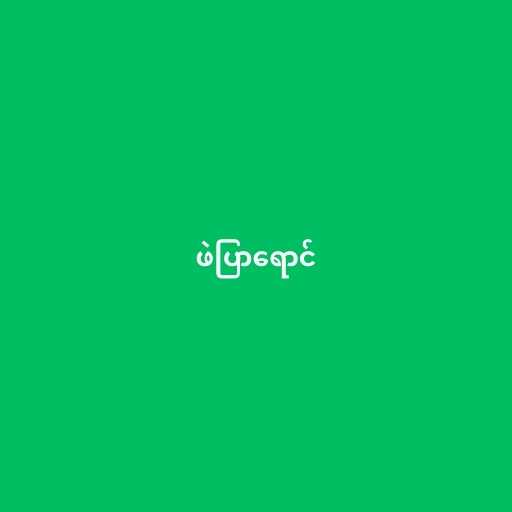
ဖဲပြာရောင်